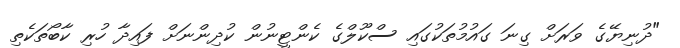
"ދުނިޔޭގެ ވަރަށް ގިނަ ގައުމުތަކުގައި ސްކޫލްގެ ކެންޓީނުން ކުދިންނަށް ފައިދާ ހުރި ކާބޯތަކެތި